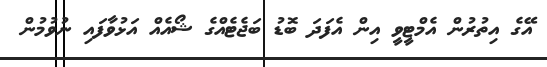
އޭގެ އިތުރުން އެމްޓީވީ އިން އެފަދަ ބޮޑު ބަޖެޓެއްގެ ޝޯއެއް އަޅުވާފައި ނުވުމުން